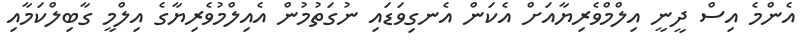
އެންމެ އިސް ދީނީ އިލްމްވެރިޔާއަށް އެކަން އެނގިވަޑައި ނުގަތުމުން އެއިލްމުވެރިޔާގެ އިލްމީ ގާބިލްކަމާއި